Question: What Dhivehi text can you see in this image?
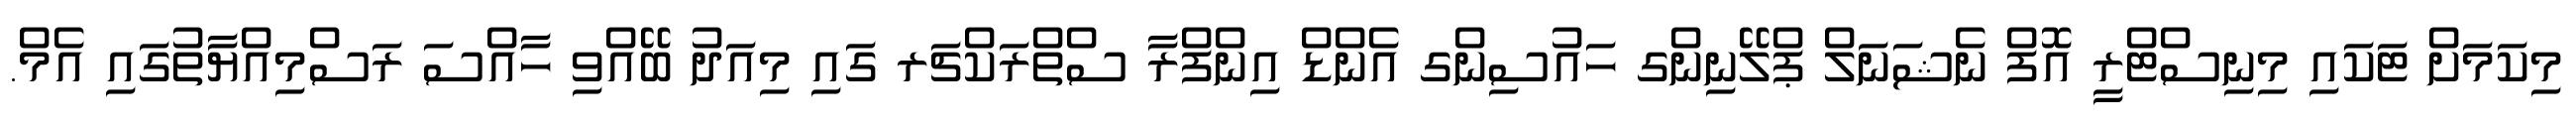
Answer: މިކަމަށް ޓަކައި މިނިސްޓްރީ އޮފް ނެޝަނަލް ޕްލޭނިންގ ހައުސިންގ އެންޑް އިންފްރާ ސްތްރަކްޗަރ ގައި މިއަދު ބޭއްވި ހާއްސަ ރަސްމިއްޔާތުގައި އެމް.